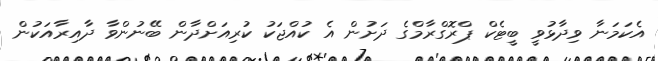
އެކަމަނާ ވިދާޅުވީ ބީޓެކް ޕްރޮގްރާމްގެ ދަށުން އެ ކުއްޖަކު ކުރިއަށްދާން ބޭނުންވާ ދާއިރާއަކުން